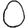
Digit: 0